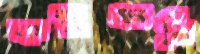
কম্বুধ্বনি